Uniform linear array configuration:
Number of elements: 16
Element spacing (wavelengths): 1
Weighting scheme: blackman
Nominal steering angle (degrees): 0
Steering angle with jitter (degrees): -1.549
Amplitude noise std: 0.05
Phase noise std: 0.05

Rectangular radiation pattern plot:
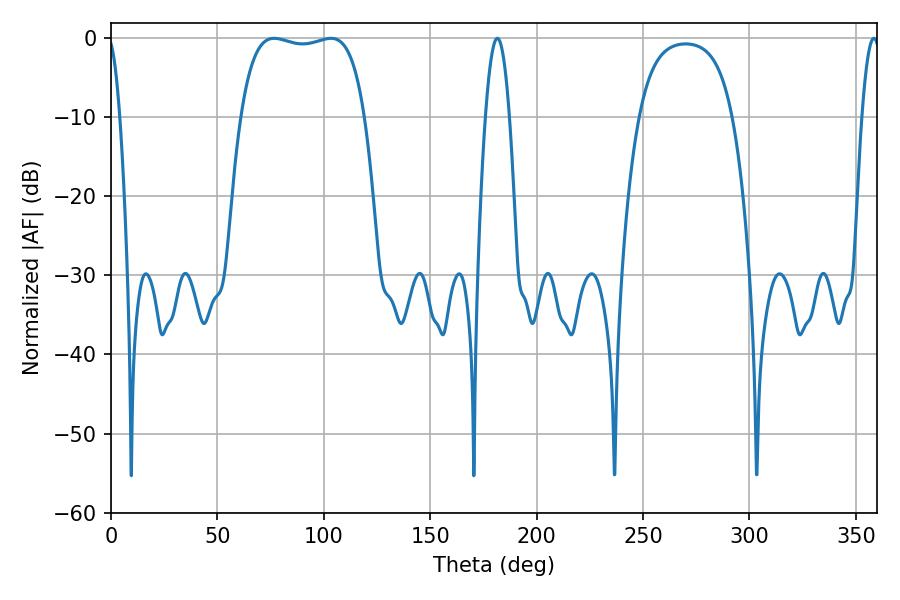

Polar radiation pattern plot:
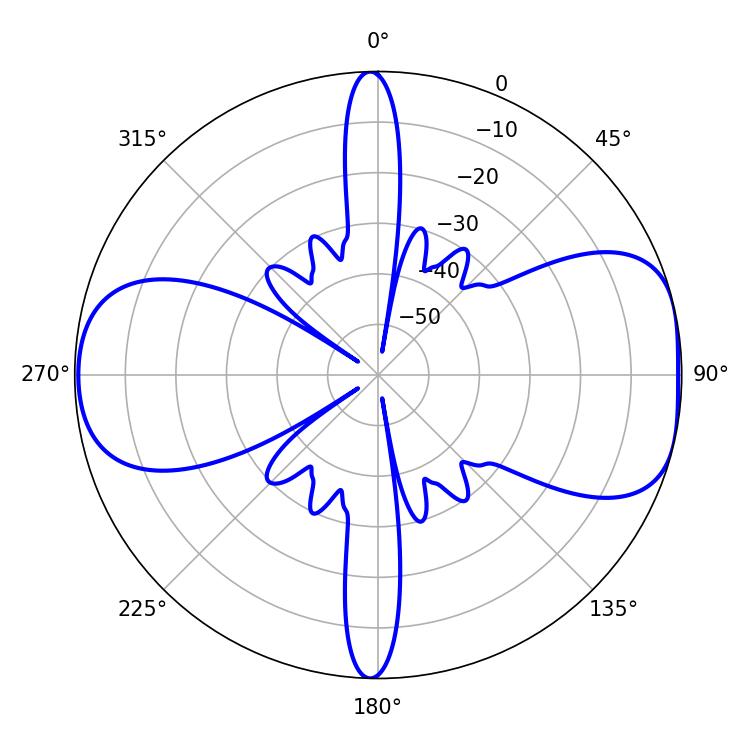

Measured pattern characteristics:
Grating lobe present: TRUE
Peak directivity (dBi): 8.019
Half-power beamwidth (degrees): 46.44
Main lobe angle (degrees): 76.68